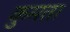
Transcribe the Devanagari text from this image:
कुमता